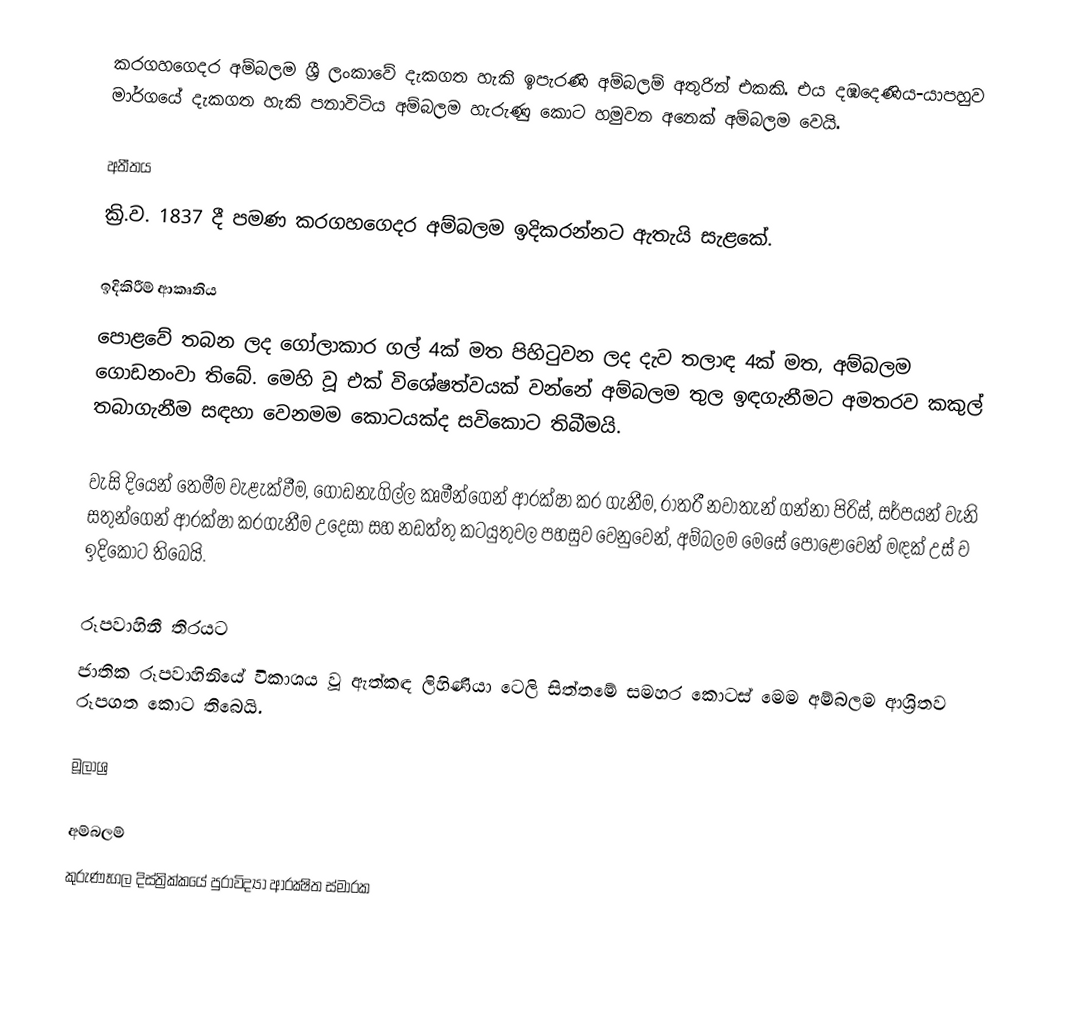
කරගහගෙදර අම්බලම ශ්‍රී ලංකාවේ දැකගත හැකි ඉපැරණි අම්බලම් අතුරින් එකකි. එය දඹදෙණිය-යාපහුව මාර්ගයේ දැකගත හැකි පනාවිටිය අම්බලම හැරුණු කොට හමුවන අනෙක් අම්බලම වෙයි.

අතීතය
ක්‍රි.ව. 1837 දී පමණ කරගහගෙදර අම්බලම ඉදිකරන්නට ඇතැයි සැළකේ.

ඉදිකිරීම් ආකෘතිය
පොළවේ තබන ලද ගෝලාකාර ගල් 4ක් මත පිහිටුවන ලද දැව තලාඳ 4ක් මත, අම්බලම ගොඩනංවා තිබේ. මෙහි වූ එක් විශේෂත්වයක් වන්නේ අම්බලම තුල ඉඳගැනීමට අමතරව කකුල් තබාගැනීම සඳහා වෙනමම කොටයක්ද සවිකොට තිබීමයි.

වැසි දියෙන් තෙමීම වැළැක්වීම, ගොඩනැගිල්ල කෘමීන්ගෙන් ආරක්ෂා කර ගැනීම, රාත‍්‍රී නවාතැන් ගන්නා පිරිස්, සර්පයන් වැනි සතුන්ගෙන් ආරක්ෂා කරගැනීම උදෙසා සහ නඩත්තු කටයුතුවල පහසුව වෙනුවෙන්, අම්බලම මෙසේ පොළොවෙන් මඳක් උස් ව ඉදිකොට තිබෙයි.

රූපවාහිනී තිරයට
ජාතික රූපවාහිනියේ විකාශය වූ ඇත්කඳ ලිහිණියා ටෙලි සිත්තමේ සමහර කොටස් මෙම අම්බලම ආශ්‍රිතව රූපගත කොට තිබෙයි.

මූලාශ්‍ර

අම්බලම්
කුරුණෑගල දිස්ත්‍රික්කයේ පුරාවිද්‍යා ආරක්‍ෂිත ස්මාරක